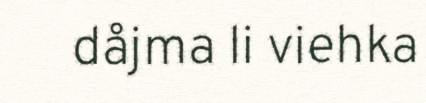
dåjma li viehka